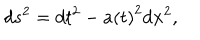
d s ^ { 2 } = d t ^ { 2 } - a \left( t \right) ^ { 2 } d \mathbf { x } ^ { 2 } ,